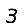
Digit: 3